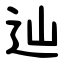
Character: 辿